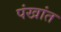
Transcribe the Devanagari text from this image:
पंखांत